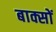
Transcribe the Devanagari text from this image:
बाक्सों